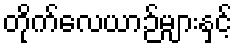
တိုက်လေယာဉ်များနှင့်